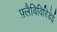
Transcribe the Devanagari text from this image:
फ़्लैविविरिडेई